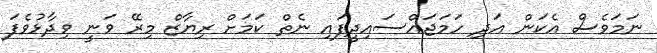
ނަމަވެސް އެކަން އަދި ހަމަޖައްސައިދީފައި ނެތް ކަމަށް ރިޔާޒް މިރޭ ވަނީ ވިދާޅުވެފަ